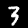
Digit: 3